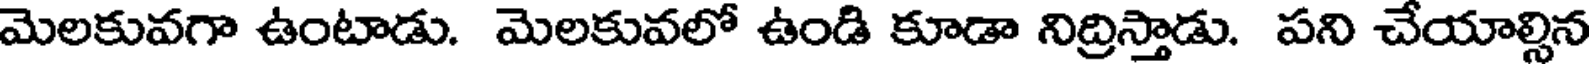
మెలకువగా ఉంటాడు. మెలకువలో ఉండి కూడా నిద్రిస్తాడు. పని చేయాల్సిన